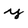
Character: y